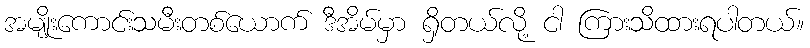
အမျိုးကောင်းသမီးတစ်ယောက် ဒီအိမ်မှာ ရှိတယ်လို့ ငါ ကြားသိထားရပါတယ်။